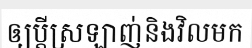
ឲ្យប្តីស្រឡាញ់និងវិលមក